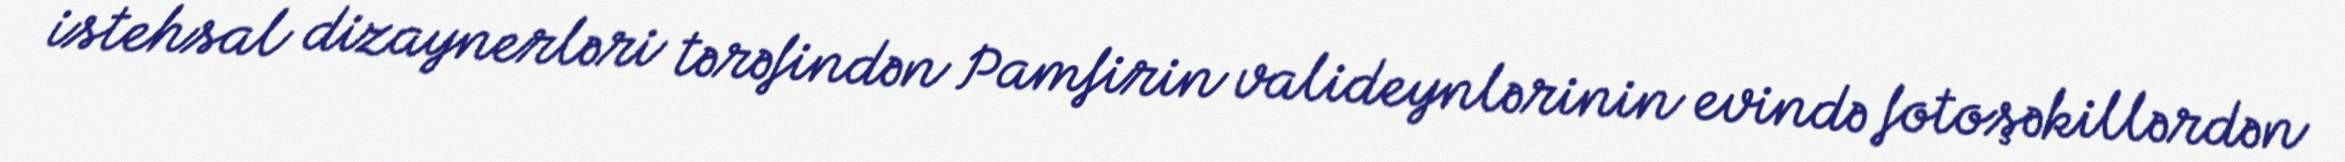
istehsal dizaynerləri tərəfindən Pamfirin valideynlərinin evində fotoşəkillərdən